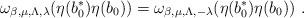
LaTeX: \begin{align*}\omega_{\beta,\mu,\Lambda,\lambda}(\eta(b_{{0}}^{*})\eta(b_{{0}}))=\omega_{\beta,\mu,\Lambda,-\lambda}(\eta(b_{{0}}^{*})\eta(b_{{0}})) \ .\end{align*}